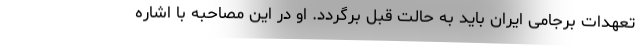
تعهدات برجامی ایران باید به حالت قبل برگردد. او در این مصاحبه با اشاره